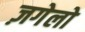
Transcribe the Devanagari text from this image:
ज़गेलो